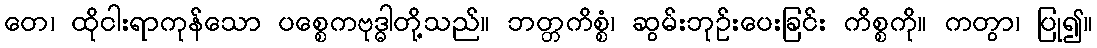
တေ၊ ထိုငါးရာကုန်သော ပစ္စေကဗုဒ္ဓါတို့သည်။ ဘတ္တကိစ္စံ၊ ဆွမ်းဘုဉ်းပေးခြင်း ကိစ္စကို။ ကတွာ၊ ပြု၍။